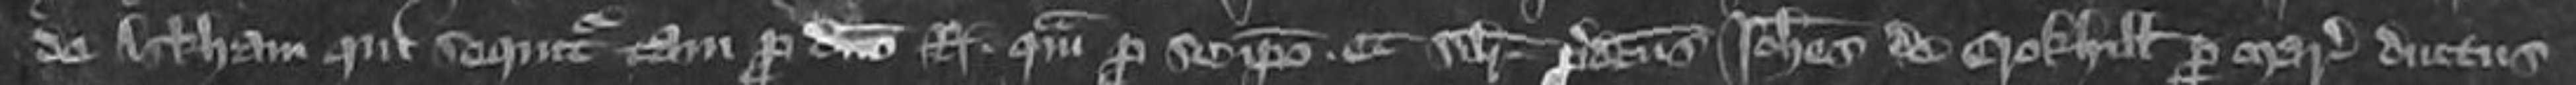
de Arkham qui sequitur tam pro domino Regi quam pro se ipso et similiter predictus Johannes de Crokhill per marschalsiam ductus